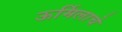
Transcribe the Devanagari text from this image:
ऊर्मिलाचे